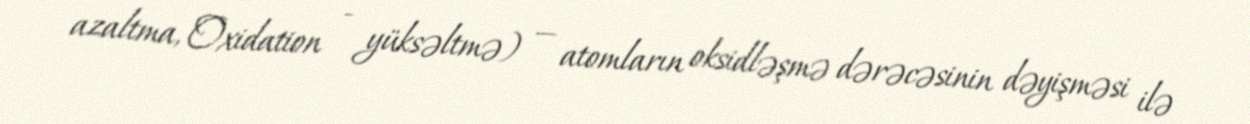
azaltma, Oxidation - yüksəltmə) — atomların oksidləşmə dərəcəsinin dəyişməsi ilə